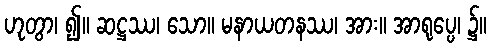
ဟုတွာ၊ ၍။ ဆဋ္ဌဿ၊ သော။ မနာယတနဿ၊ အား။ အာရုပ္ပေ၊ ၌။